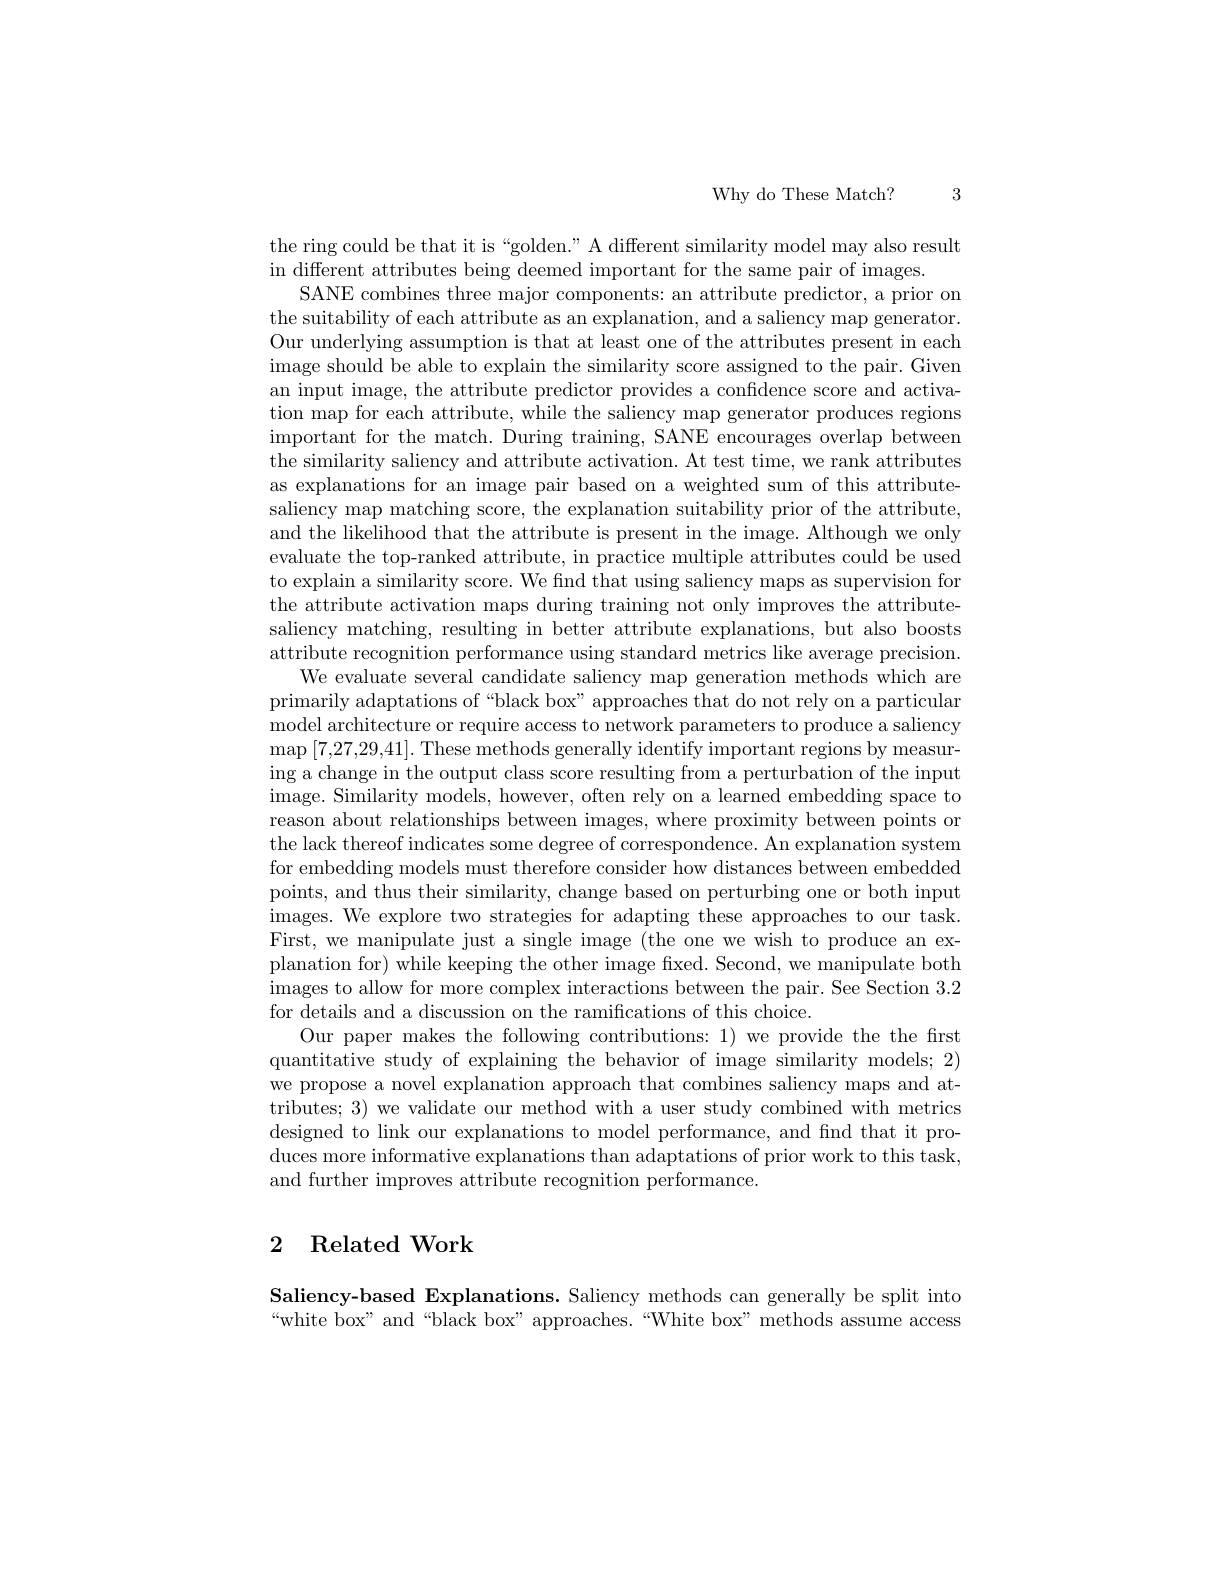
Why do These Match? 3

the ring could be that it is “golden." A different similarity model may also result
in different attributes being deemed important for the same pair of images.
SANE combines three major components: an attribute predictor, a prior on the suitability of each attribute as an explanation, and a saliency map generator. Our underlying assumption is that at least one of the attributes present in each image should be able to explain the similarity score assigned to the pair. Given an input image, the attribute predictor provides a confidence score and activation map for each attribute, while the saliency map generator produces regions important for the match. During training, SANE encourages overlap between the similarity saliency and attribute activation. At test time, we rank attributes as explanations for an image pair based on a weighted sum of this attributesaliency map matching score, the explanation suitability prior of the attribute, and the likelihood that the attribute is present in the image. Although we only evaluate the top-ranked attribute, in practice multiple attributes could be used to explain a similarity score. We find that using saliency maps as supervision for the attribute activation maps during training not only improves the attributesaliency matching, resulting in better attribute explanations, but also boosts attribute recognition performance using standard metrics like average precision.
We evaluate several candidate saliency map generation methods which are primarily adaptations of “black box” approaches that do not rely on a particular model architecture or require access to network parameters to produce a saliency $\operatorname*{map}\left[7,27,29,41\right].$ These methods generally identify important regions by measuring a change in the output class score resulting from a perturbation of the input image. Similarity models, however, often rely on a learned embedding space to reason about relationships between images, where proximity between points or the lack thereof indicates some degree of correspondence. An explanation system for embedding models must therefore consider how distances between embedded points, and thus their similarity, change based on perturbing one or both input images. We explore two strategies for adapting these approaches to our task. First, we manipulate just a single image (the one we wish to produce an explanation for) while keeping the other image fixed. Second, we manipulate both images to allow for more complex interactions between the pair. See Section 3.2 for details and a discussion on the ramifications of this choice.
Our paper makes the following contributions: 1) we provide the first quantitative study of explaining the behavior of image similarity models; 2) we propose a novel explanation approach that combines saliency maps and attributes; 3) we validate our method with a user study combined with metrics designed to link our explanations to model performance, and find that it produces more informative explanations than adaptations of prior work to this task, and further improves attribute recognition performance

# 2 Related Work

Saliency-based Explanations. Saliency methods can generally be split into “white box”and“black box”approaches.“White box”methods assume access